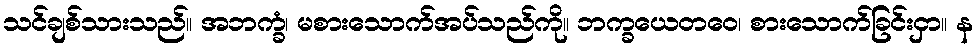
သင်ချစ်သားသည်။ အဘက္ခံ၊ မစားသောက်အပ်သည်ကို။ ဘက္ခယေတဝေ၊ စားသောက်ခြင်းငှာ။ န